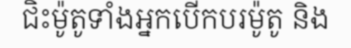
ជិះម៉ូតូទាំងអ្នកបើកបរម៉ូតូ និង